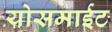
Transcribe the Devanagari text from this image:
योसमाईट